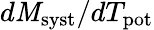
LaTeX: d\mathit{M}_{\mathrm{{syst}}}/dT_{\mathrm{{pot}}}